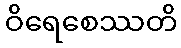
ဝိရေစေဿတိ